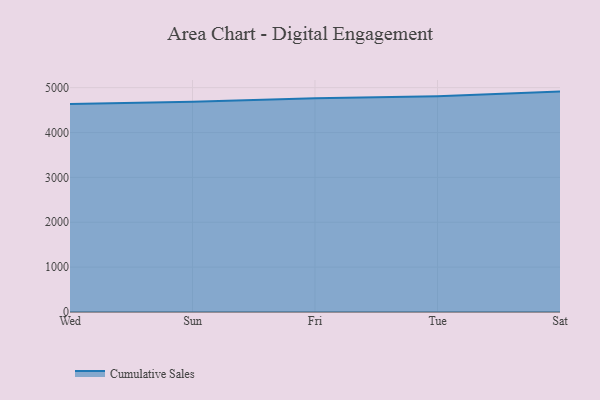
{"axis": {"x": "Day", "y": "Website Visitors"}, "legend": ["Cumulative Sales"], "data": [{"x": "Wed", "y": 4633.6, "type": "Cumulative Sales"}, {"x": "Sun", "y": 4685.5, "type": "Cumulative Sales"}, {"x": "Fri", "y": 4761.5, "type": "Cumulative Sales"}, {"x": "Tue", "y": 4810.1, "type": "Cumulative Sales"}, {"x": "Sat", "y": 4912.5, "type": "Cumulative Sales"}]}